Document type: Sale
Year: 1423
Scribe: Joan Franc
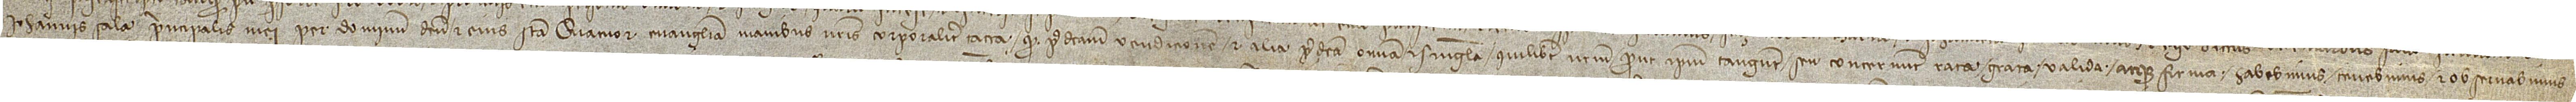
Iohannis Sala, principalis mei, per Dominum Deum et eius sancta quatuor Evangelia, manibus nostris corporaliter tacta, quod predictam vendicionem et alia predicta omnia et singula quilibet vestrum, prout ipsum tangunt seu concernunt, rata, grata, valida atque firma habebimus, tenebimus et observabimus